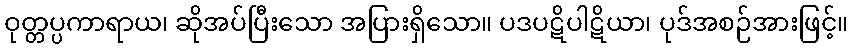
ဝုတ္တပ္ပကာရာယ၊ ဆိုအပ်ပြီးသော အပြားရှိသော။ ပဒပဋိပါဋိယာ၊ ပုဒ်အစဉ်အားဖြင့်။